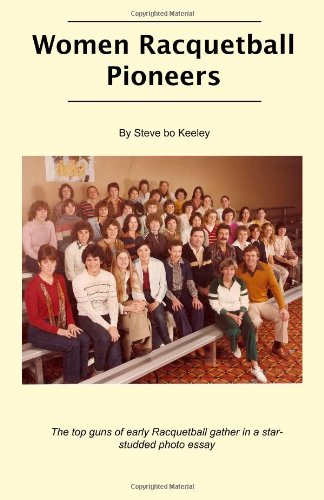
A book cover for Women Racquetball Pioneers; Steve bo Keeley; Sports & Outdoors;